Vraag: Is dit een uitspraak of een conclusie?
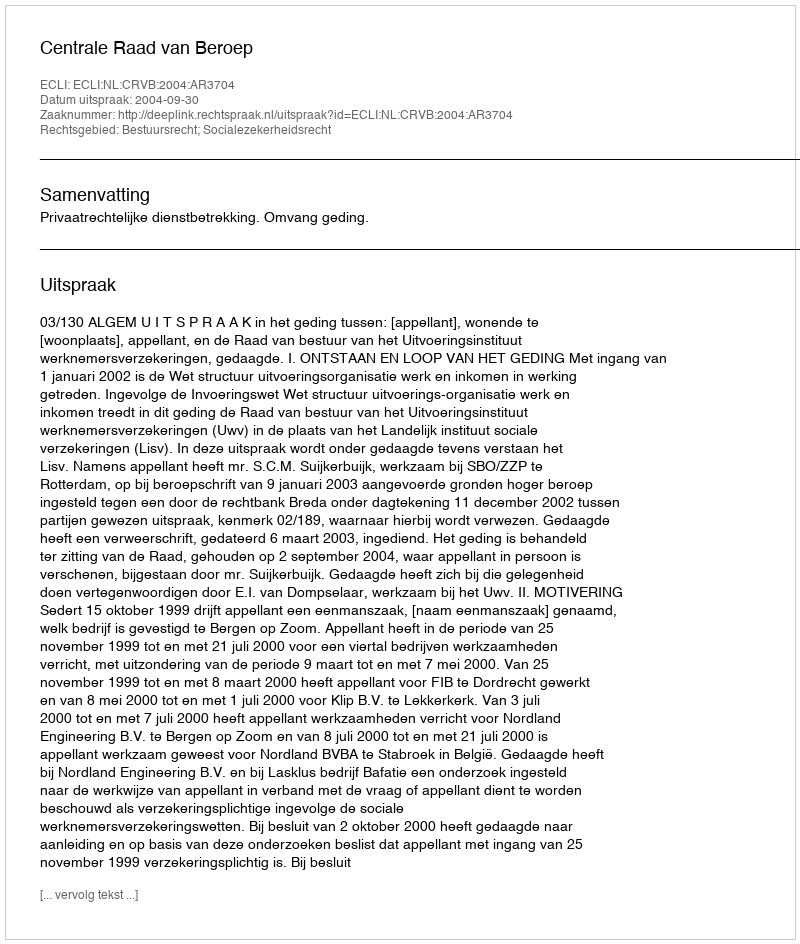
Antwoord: Uitspraak